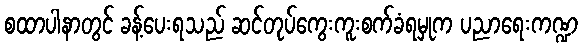
စထာပါနာတွင် ခန့်ပေးရသည် ဆင်တုပ်ကွေးကူးစက်ခံရမှုက ပညာရေးကဏ္ဍ